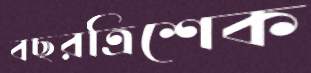
বছরত্রিশেক